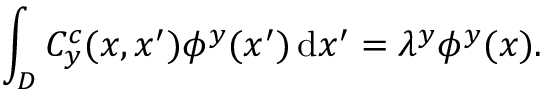
\int _ { D } C _ { y } ^ { c } ( x , x ^ { \prime } ) \phi ^ { y } ( x ^ { \prime } ) \, \mathrm { d } x ^ { \prime } = \lambda ^ { y } \phi ^ { y } ( x ) .